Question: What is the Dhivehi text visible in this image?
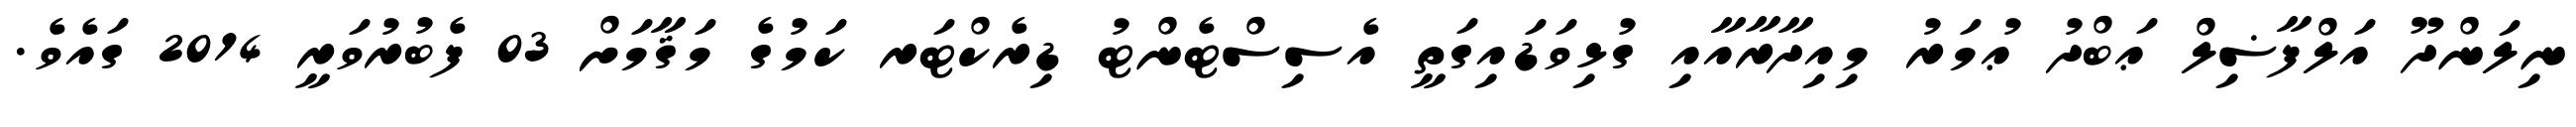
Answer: ނިލަންދޫ އަލްފާޟިލް ޢަބްދު ޢުމަރު މިއިދާރާއާއި ގުޅިވަޑައިގަތީ އެސިސްޓެންޓު ޑިރެކްޓަރ ކަމުގެ މަޤާމަށް 03 ފެބުރުވަރީ 2014 ގައެވެ.